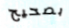
بصحيح